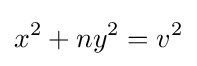
x^{2}+ny^{2}=v^{2}